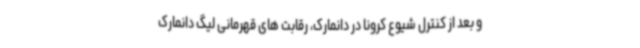
و بعد از کنترل شیوع کرونا در دانمارک، رقابت های قهرمانی لیگ دانمارک